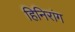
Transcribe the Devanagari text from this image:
हिनिरांग